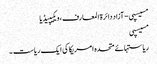
مسیسپی - آزاد دائرۃ المعارف، ویکیپیڈیا
مسیسپی
ریاستہائے متحدہ امریکا کی ایک ریاست ۔